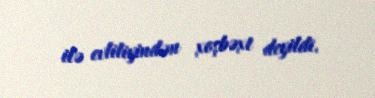
ilə evliliyindən xoşbəxt deyildi.